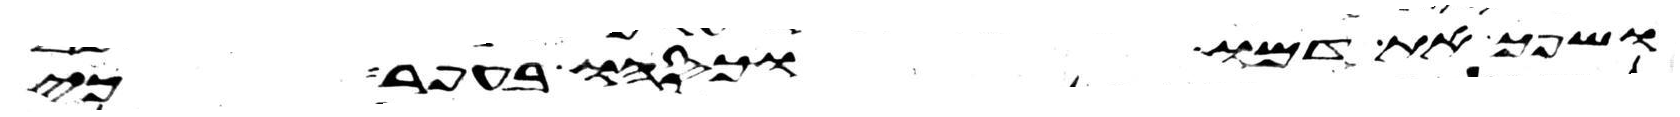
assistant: ושפך את דמו וכסהו בעפר כי